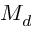
M _ { d }